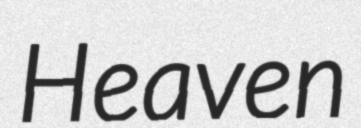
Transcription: Heaven